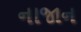
નાજાન